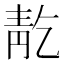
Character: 𲊕